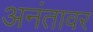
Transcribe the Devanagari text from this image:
अनंतावर